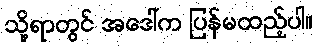
သို့ရာတွင် အဒေါ်က ပြန်မထည့်ပါ။